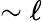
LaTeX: \sim\ell